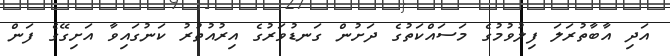
އަދި އާބާތުރަލަ ފިލުވުމުގެ މަސައްކަތުގެ ދަށުން ގަނޑުވަރުގެ އިރުއުުތުރު ކަނުގައިވާ އަށިގޭގެ ފަން